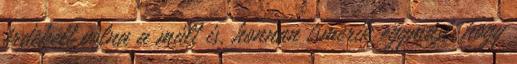
érdekelt volna a múlt is, honnan ismerik egymást, hogy